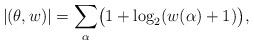
LaTeX: \begin{align*}|(\theta,w)|=\sum_{\alpha}\bigl(1+\log_2(w(\alpha)+1)\bigr),\end{align*}